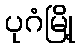
ပုဂံမြို့